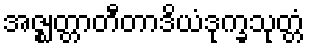
အဇ္ဈတ္တာတီတာဒိယံဒုက္ခသုတ္တံ